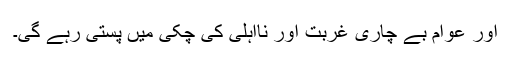
اور عوام بے چاری غربت اور نااہلی کی چکی میں پستی رہے گی۔